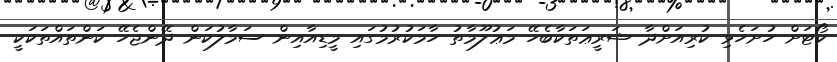
ކޯޓަށް ހުށަހެޅި ކުރިއަށްދާ ޝަރީޢަތަކާބެހޭ މަޢުލޫމާތު ހާމަކުރުމުގައި މީޑިއާއިން ސަމާލުކަން ދޭންޖެހޭ ކަންތައްތަކަކީ